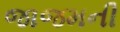
જાજમની